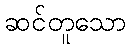
ဆင်တူသော